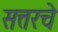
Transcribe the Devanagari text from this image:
सत्तरचे